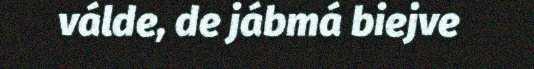
válde, de jábmá biejve